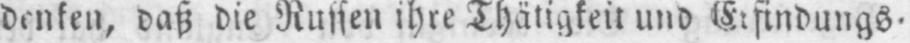
daß die Russen ihre Thätigkeit und Erfindungs⸗